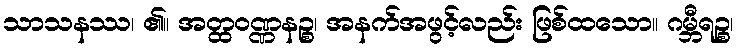
သာသနဿ၊ ၏။ အတ္ထဝဏ္ဏနဉ္စ၊ အနက်အဖွင့်လည်း ဖြစ်ထသော။ ဂမ္ဘီရဉ္စ၊